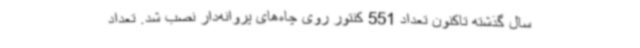
سال گذشته تاکنون تعداد 551 کنتور روی چاه‌های پروانه‌دار نصب شد. تعداد